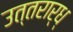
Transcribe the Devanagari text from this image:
उत्तरार्ध्